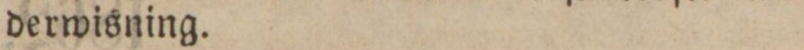
derwisning.